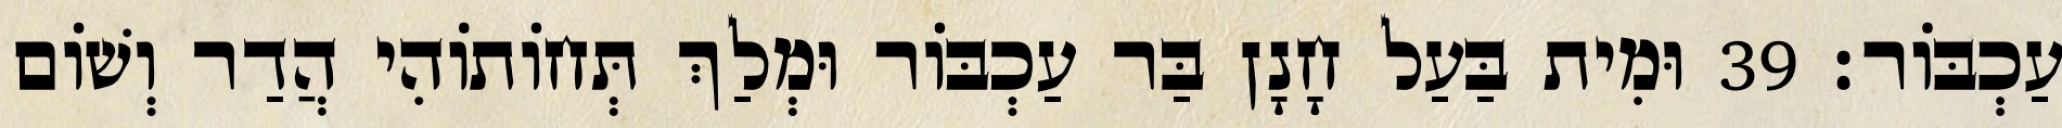
עַכְבּוֹר׃ 39 וּמִית בַּעַל חָנָן בַּר עַכְבּוֹר וּמְלַךְ תְּחוֹתוֹהִי הֲדַר וְשׁוֹם